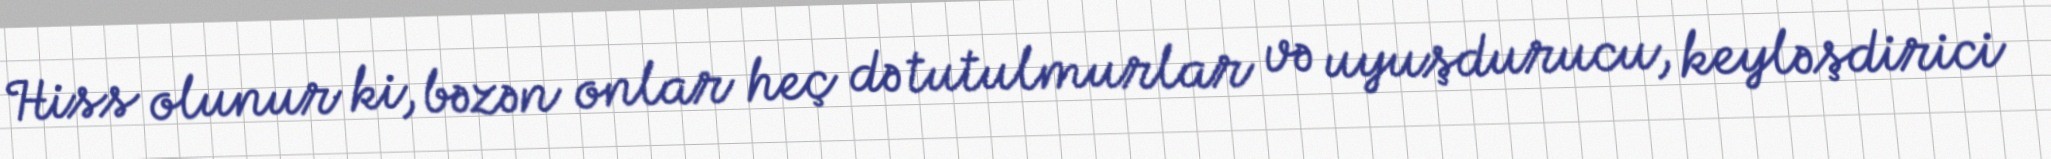
Hiss olunur ki, bəzən onlar heç də tutulmurlar və uyuşdurucu, keyləşdirici